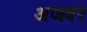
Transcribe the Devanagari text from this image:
अजवर